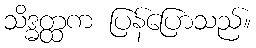
သိဒ္ဓတ္ထက ပြန်ပြောသည်။